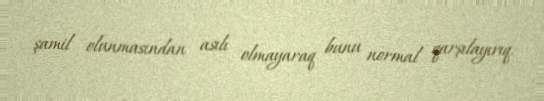
şamil olunmasından asılı olmayaraq bunu normal qarşılayırıq.